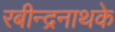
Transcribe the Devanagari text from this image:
रबीन्द्रनाथके